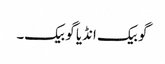
گو بیک انڈیا گو بیک۔